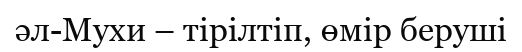
әл-Мухи – тірілтіп, өмір беруші